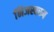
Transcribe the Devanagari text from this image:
निजस्वरूप